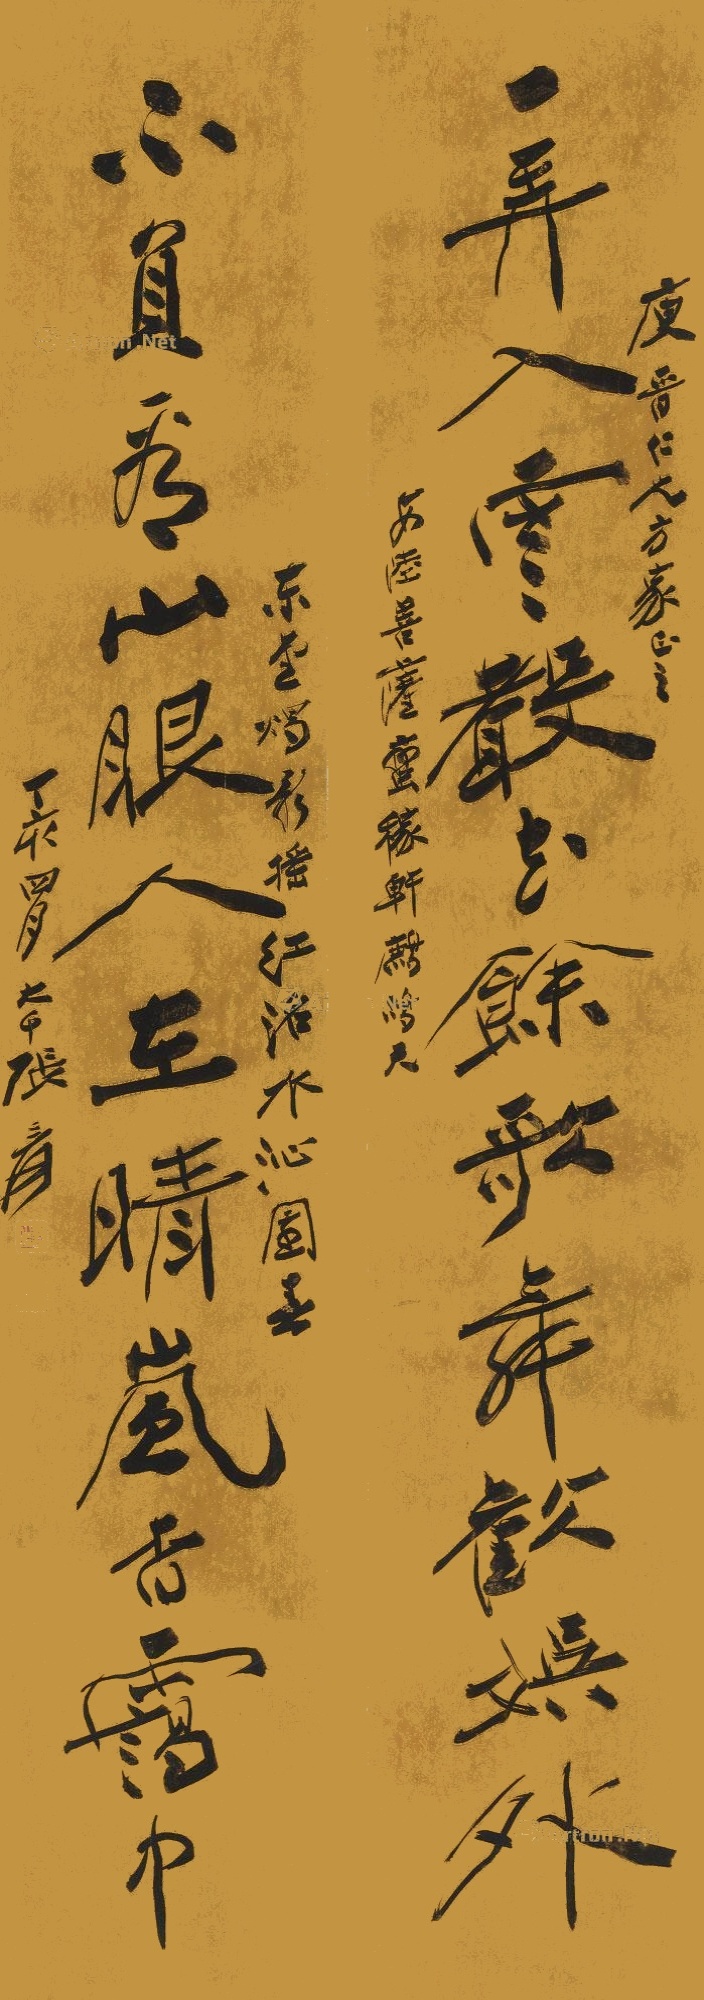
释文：一弄入云声，花余歌舞欢娱外；不负看山眼，人在晴岚杳霭中。安陆菩萨蛮，稼轩鹧鸪天，东堂烛影摇红，洺水沁园春。庾晋仁兄方家正之，丁亥（1947）四月，大千张爰。